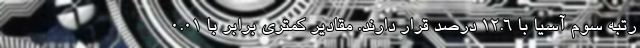
رتبه سوم آسیا با 12.6 درصد قرار دارند. مقادیر کمتری برابر با 0.01